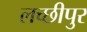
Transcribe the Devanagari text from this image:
लच्छीपुर